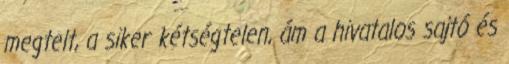
megtelt, a siker kétségtelen, ám a hivatalos sajtó és